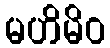
မဟိမိဝ